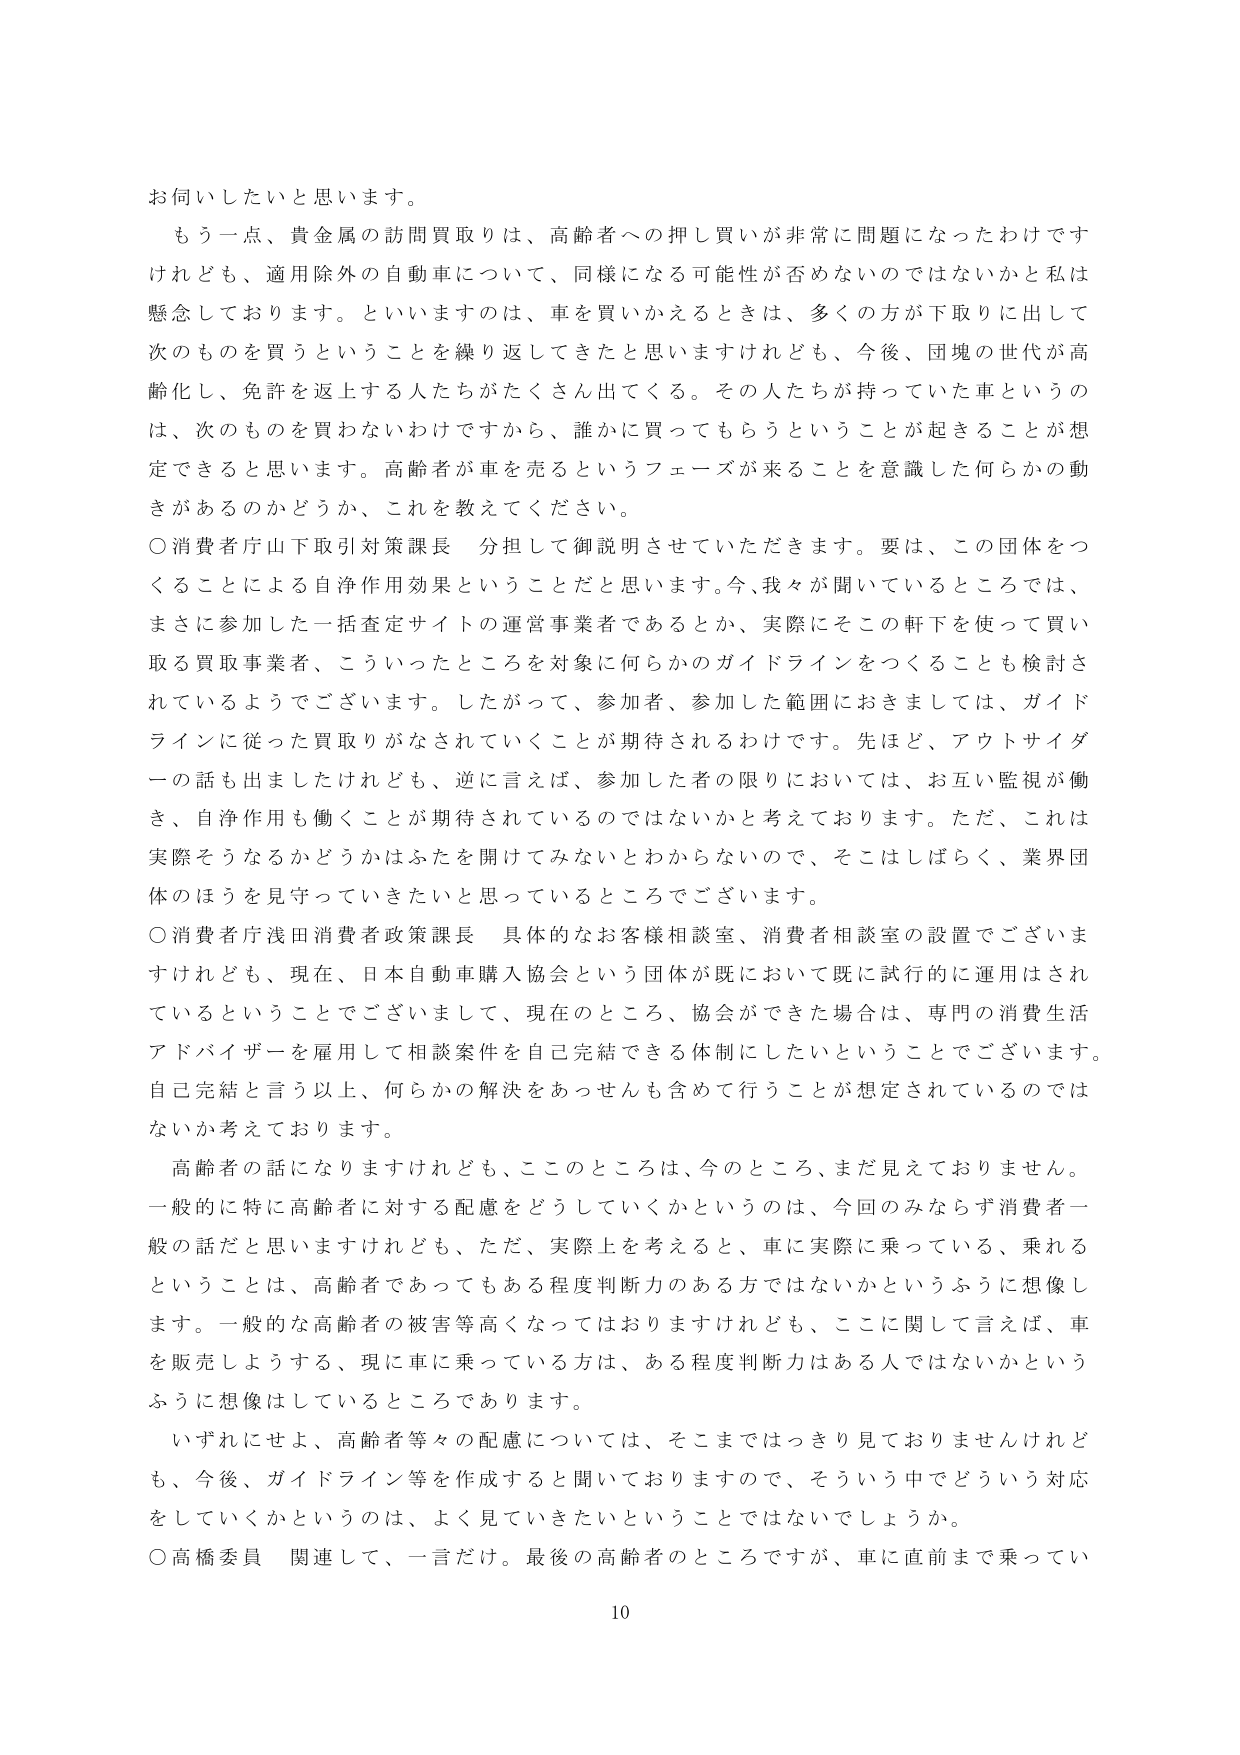
お伺いしたいと思います。

もう一点、貴金属の訪問買取りは、高齢者への押し買いが非常に問題になったわけですが、適用除外の自動車について、同様になる可能性が否めないのではないかと私は懸念しております。といいますのは、車を買いかえるときは、多くの方が下取りに出して次のものを買うということを繰り返してきたと思いますけれども、今後、団塊の世代が高齢化し、免許を返上する人たちがたくさん出てくる。その人たちが持っていた車というのは、次のものを買わないわけですから、誰かに買ってもらうということが起きることが想定できると思います。高齢者が車を売るというフェーズが来ることを意識した何らかの動きがあるのかどうか、これを教えてください。

○消費者庁山下取引対策課長 分担して御説明させていただきます。要は、この団体をつくることによる自浄作用効果ということだと思います。今、我々が聞いているところでは、まさに参加した一括査定サイトの運営事業者であるとか、実際にそこの軒下を使って買い取る買取事業者、こういったところを対象に何らかのガイドラインをつくることも検討されているようでございます。したがって、参加者、参加した範囲におきましては、ガイドラインに従った買取りがなされていくことが期待されるわけです。先ほど、アウトサイダーの話も出ましたけれども、逆に言えば、参加した者の限りにおいては、お互い監視が働き、自浄作用も働くことが期待されているのではないかと考えております。ただ、これは実際そうなるかどうかはふたを開けてみないとわからないので、そこはしばらく、業界団体のほうを見守っていきたいと思っているところでございます。

○消費者庁浅田消費者政策課長 具体的なお客様相談室、消費者相談室の設置でございますけれども、現在、日本自動車購入協会という団体が既において既に試行的に運用はされているということでございまして、現在のところ、協会ができた場合は、専門の消費生活アドバイザーを雇用して相談案件を自己完結できる体制にしたいということでございます。自己完結と言う以上、何らかの解決をあっせんも含めて行うことが想定されているのではないかと考えております。

高齢者の話になりますけれども、ここのところは、今のところ、まだ見えておりません。一般的に特に高齢者に対する配慮をどうしていくかというのは、今回のみならず消費者一般の話だと思いますけれども、ただ、実際上を考えると、車に実際に乗っている、乗れるということは、高齢者であってもある程度判断力のある方ではないかというふうに想像します。一般的な高齢者の被害等高くなってはおりますけれども、ここに関して言えば、車を販売しようとする、現に車に乗っている方は、ある程度判断力はある人ではないかというふうに想像はしているところであります。

いずれにせよ、高齢者等々の配慮については、そこまではっきり見ておりませんけれども、今後、ガイドライン等を作成すると聞いておりますので、そういう中でどういう対応をしていくかというのは、よく見ていきたいということではないでしょうか。

○高橋委員 関連して、一言だけ。最後の高齢者のところですが、車に直前まで乗ってい

10